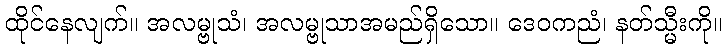
ထိုင်နေလျက်။ အလမ္ဗုသံ၊ အလမ္ဗုသာအမည်ရှိသော။ ဒေဝကညံ၊ နတ်သ္မီးကို။